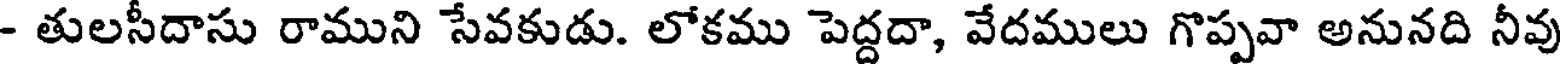
- తులసీదాసు రాముని సేవకుడు. లోకము పెద్దదా, వేదములు గొప్పవా అనునది నీవు